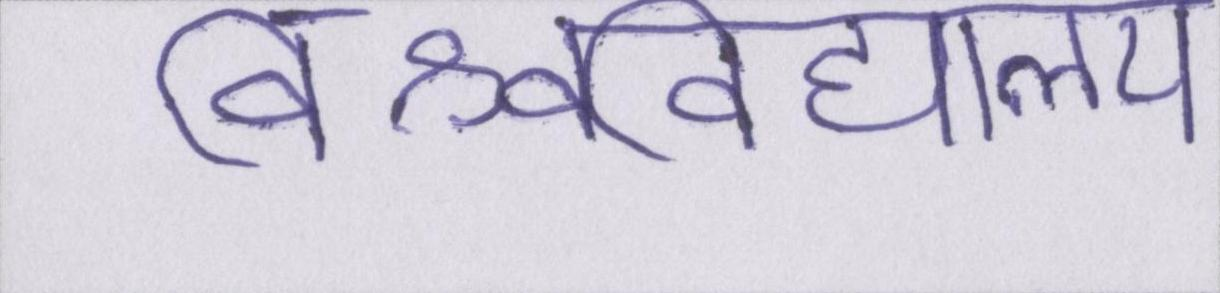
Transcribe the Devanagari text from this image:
विश्वविद्यालय